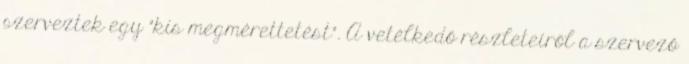
szerveztek egy "kis megmérettetést". A vetélkedő részleteiről a szervező